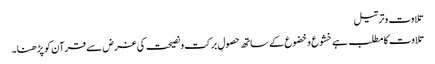
تلاوت وترتیل
تلاوت کا مطلب ہے خشوع وخضوع کے ساتھ حصولِ برکت ونصیحت کی غرض سے قرآن کو پڑھنا۔